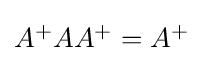
{\textstyle A^{+}AA^{+}=A^{+}}